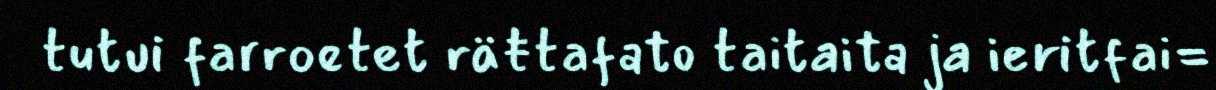
tutui farroetet räŧtafato taitaita ja ieritfai=